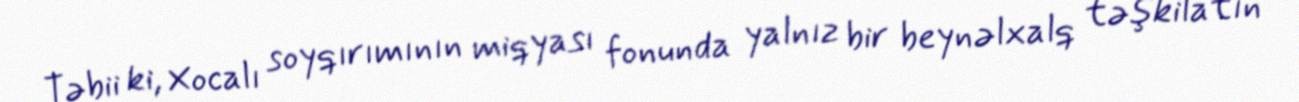
Təbii ki, Xocalı soyqırımının miqyası fonunda yalnız bir beynəlxalq təşkilatın